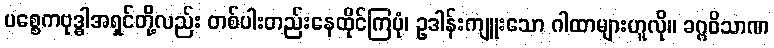
ပစ္စေကဗုဒ္ဓါအရှင်တို့လည်း တစ်ပါးတည်းနေထိုင်ကြပုံ၊ ဥဒါန်းကျူးသော ဂါထာများဟူလို။ ခဂ္ဂဝိသာဏ